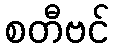
စတီဗင်